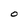
Character: O